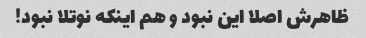
ظاهرش اصلا این نبود و هم اینکه نوتلا نبود!